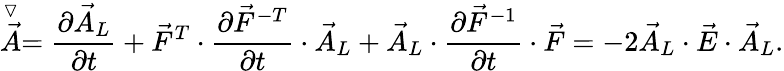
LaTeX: \stackrel{\triangledown}{\vec{A}}=\frac{\partial\vec{A}_{L}}{\partial t}+\vec{F}^{T}\cdot\frac{\partial\vec{F}^{-T}}{\partial t}\cdot\vec{A}_{L}+\vec{A}_{L}\cdot\frac{\partial\vec{F}^{-1}}{\partial t}\cdot\vec{F}=-2\vec{A}_{L}\cdot\vec{E}\cdot\vec{A}_{L}.